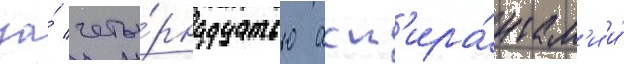
за́ четы́рнадцатью асп'ира́нтам'и и́